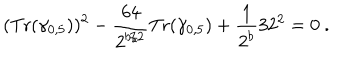
( { \mathrm { T r } } ( \gamma _ { 0 , 5 } ) ) ^ { 2 } - { \frac { 6 4 } { 2 ^ { b / 2 } } } { \mathrm { T r } } ( \gamma _ { 0 , 5 } ) + { \frac { 1 } { 2 ^ { b } } } 3 2 ^ { 2 } = 0 ~ .